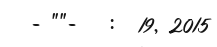
- ""-   :  19